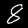
Digit: 8